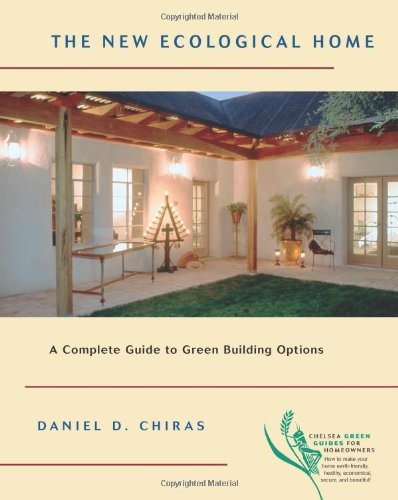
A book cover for The New Ecological Home: A Complete Guide to Green Building Options (Chelsea Green Guides for Homeowners); Dan Chiras; Crafts, Hobbies & Home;